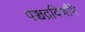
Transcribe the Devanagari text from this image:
पञ्चद्रविणौंमे